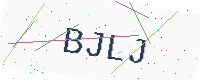
Text: BJLJ